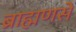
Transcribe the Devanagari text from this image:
ब्राह्मणसे